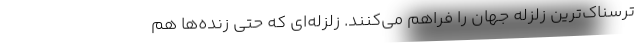
ترسناک‌ترین زلزله جهان را فراهم می‌کنند. زلزله‌ای که حتی زنده‌ها هم